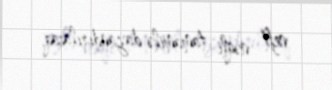
neft nəqli tamamilə dayandırılacaq.